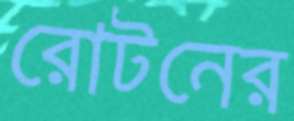
রোটনের